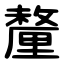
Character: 釐